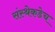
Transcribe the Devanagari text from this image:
संस्थेकडेच